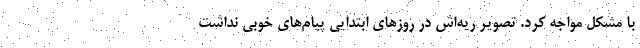
با مشکل مواجه کرد. تصویر ریه‌اش در روزهای ابتدایی پیام‌های خوبی نداشت